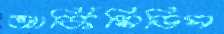
আর্কিমিডিস